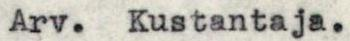
Arv. Kustantaja.